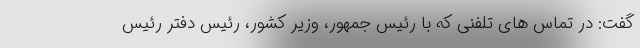
گفت: در تماس های تلفنی که با رئیس جمهور، وزیر کشور، رئیس دفتر رئیس